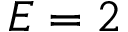
E = 2